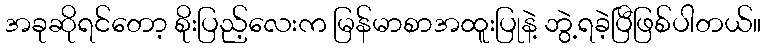
အခုဆိုရင်တော့ စိုးပြည့်လေးက မြန်မာစာအထူးပြုနဲ့ ဘွဲ့ရခဲ့ပြီဖြစ်ပါတယ်။